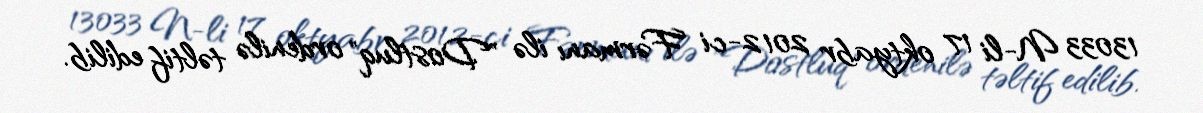
13033 N-li 17 oktyabr 2012-ci Fərmanı ilə "Dostluq" ordenilə təltif edilib.